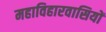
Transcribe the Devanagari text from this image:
महाविहारवासियों